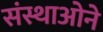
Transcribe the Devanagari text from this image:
संस्थाओने